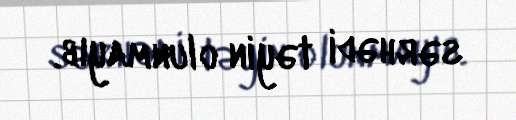
sərhədi təyin olunmayıb.